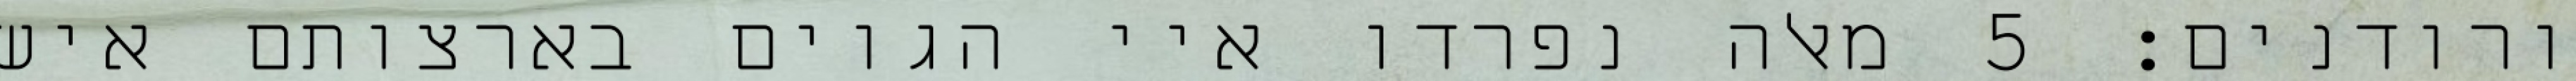
ורודנים׃ ‎5‏ מאלה נפרדו איי הגוים בארצותם איש